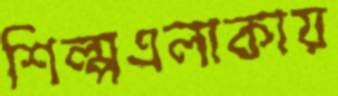
শিল্পএলাকায়